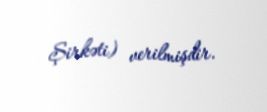
Şirkəti) verilmişdir.